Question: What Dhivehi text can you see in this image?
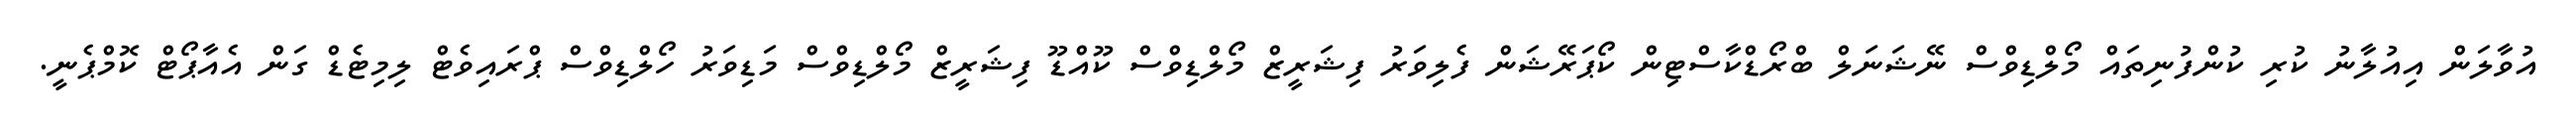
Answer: އުވާލަން އިއުލާނު ކުރި ކުންފުނިތައް މޯލްޑިވްސް ނޭޝަނަލް ބްރޯޑްކާސްޓިން ކޯޕަރޭޝަން ފެލިވަރު ފިޝަރީޒް މޯލްޑިވްސް ކޫއްޑޫ ފިޝަރީޒް މޯލްޑިވްސް މަޑިވަރު ހޯލްޑިވްސް ޕްރައިވެޓް ލިމިޓެޑް ގަން އެއާޕޯޓް ކޮމްޕެނީ.